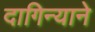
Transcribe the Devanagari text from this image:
दागिन्याने